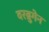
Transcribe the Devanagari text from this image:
वरब्रुगेन